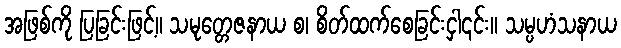
အဖြစ်ကို ပြခြင်းဖြင့်။ သမုတ္တေဇနာယ စ၊ စိတ်ထက်စေခြင်းငှါ၎င်း။ သမ္ပဟံသနာယ